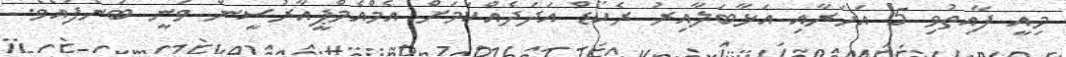
މިއީ ފާއިތުވި 5 އަހަރާއި އަޅާބަލާއިރު ރެކޯޑް އަދަދެއްކަމަށް އެމްއެމްޕީއާރުސީން ވަނީ ބުނެފައެވެ.